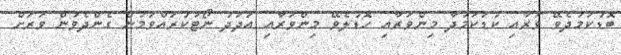
ބޮޑުކަމުދެވޭ ވަރާއި ކުޑަކަމުދާ މިންވަރާއި ހޮޑުލެވޭ މިންވަރާއި އަދަދު ނޯޓުކުރައްވަމުން ގެންދެވުން ވަރަށް